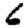
Digit: 6